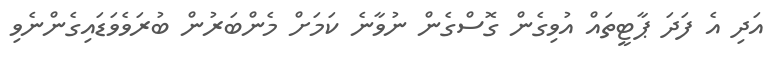
އަދި އެ ފަދަ ޕާޓީތައް އުވިގެން ގޮސްގެން ނުވާނެ ކަމަށް މެންބަރުން ބުރަވެވަޑައިގެންނެވި